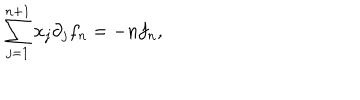
\sum _ { j = 1 } ^ { n + 1 } x _ { j } \partial _ { j } f _ { n } = - n f _ { n } ,